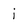
Character: i